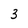
Character: 3